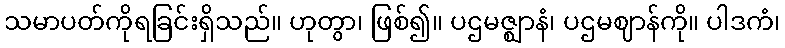
သမာပတ်ကိုရခြင်းရှိသည်။ ဟုတွာ၊ ဖြစ်၍။ ပဌမဇ္ဈာနံ၊ ပဌမဈာန်ကို။ ပါဒကံ၊